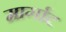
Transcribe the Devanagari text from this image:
मार्गाट